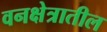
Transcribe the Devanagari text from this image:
वनक्षेत्रातील